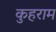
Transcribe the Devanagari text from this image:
कुहराम